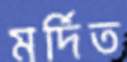
মর্দিত